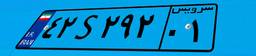
۵۶S۰۹۰۹۶